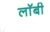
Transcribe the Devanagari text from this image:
लाॅबी